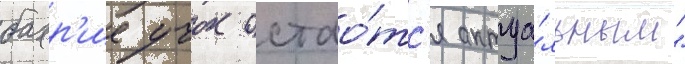
бахр'ие учок остао́тс'я актуа́льным"